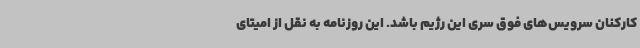
کارکنان سرویس‌های فوق سری این رژیم باشد. این روزنامه به نقل از امیتای